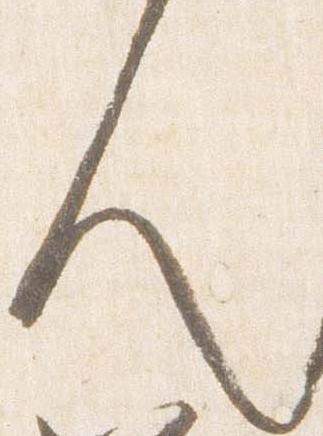
人